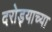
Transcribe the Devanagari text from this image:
दरोड्याच्या